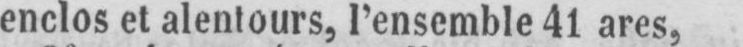
enclos et alentours, l’ensemble 41 ares,